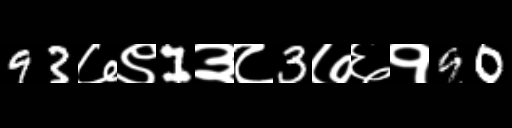
Text: 93७९1३८3७६१90